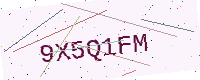
Text: 9X5Q1FM